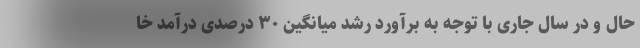
حال و در سال جاری با توجه به برآورد رشد میانگین ۳۰ درصدی درآمد خا